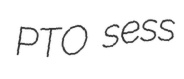
PTO sess